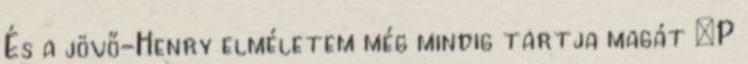
És a jövő-Henry elméletem még mindig tartja magát :P